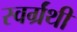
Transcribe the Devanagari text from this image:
स्वर्ग्रंथी